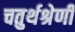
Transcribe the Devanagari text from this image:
चतुर्थश्रेणी